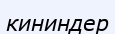
кининдер